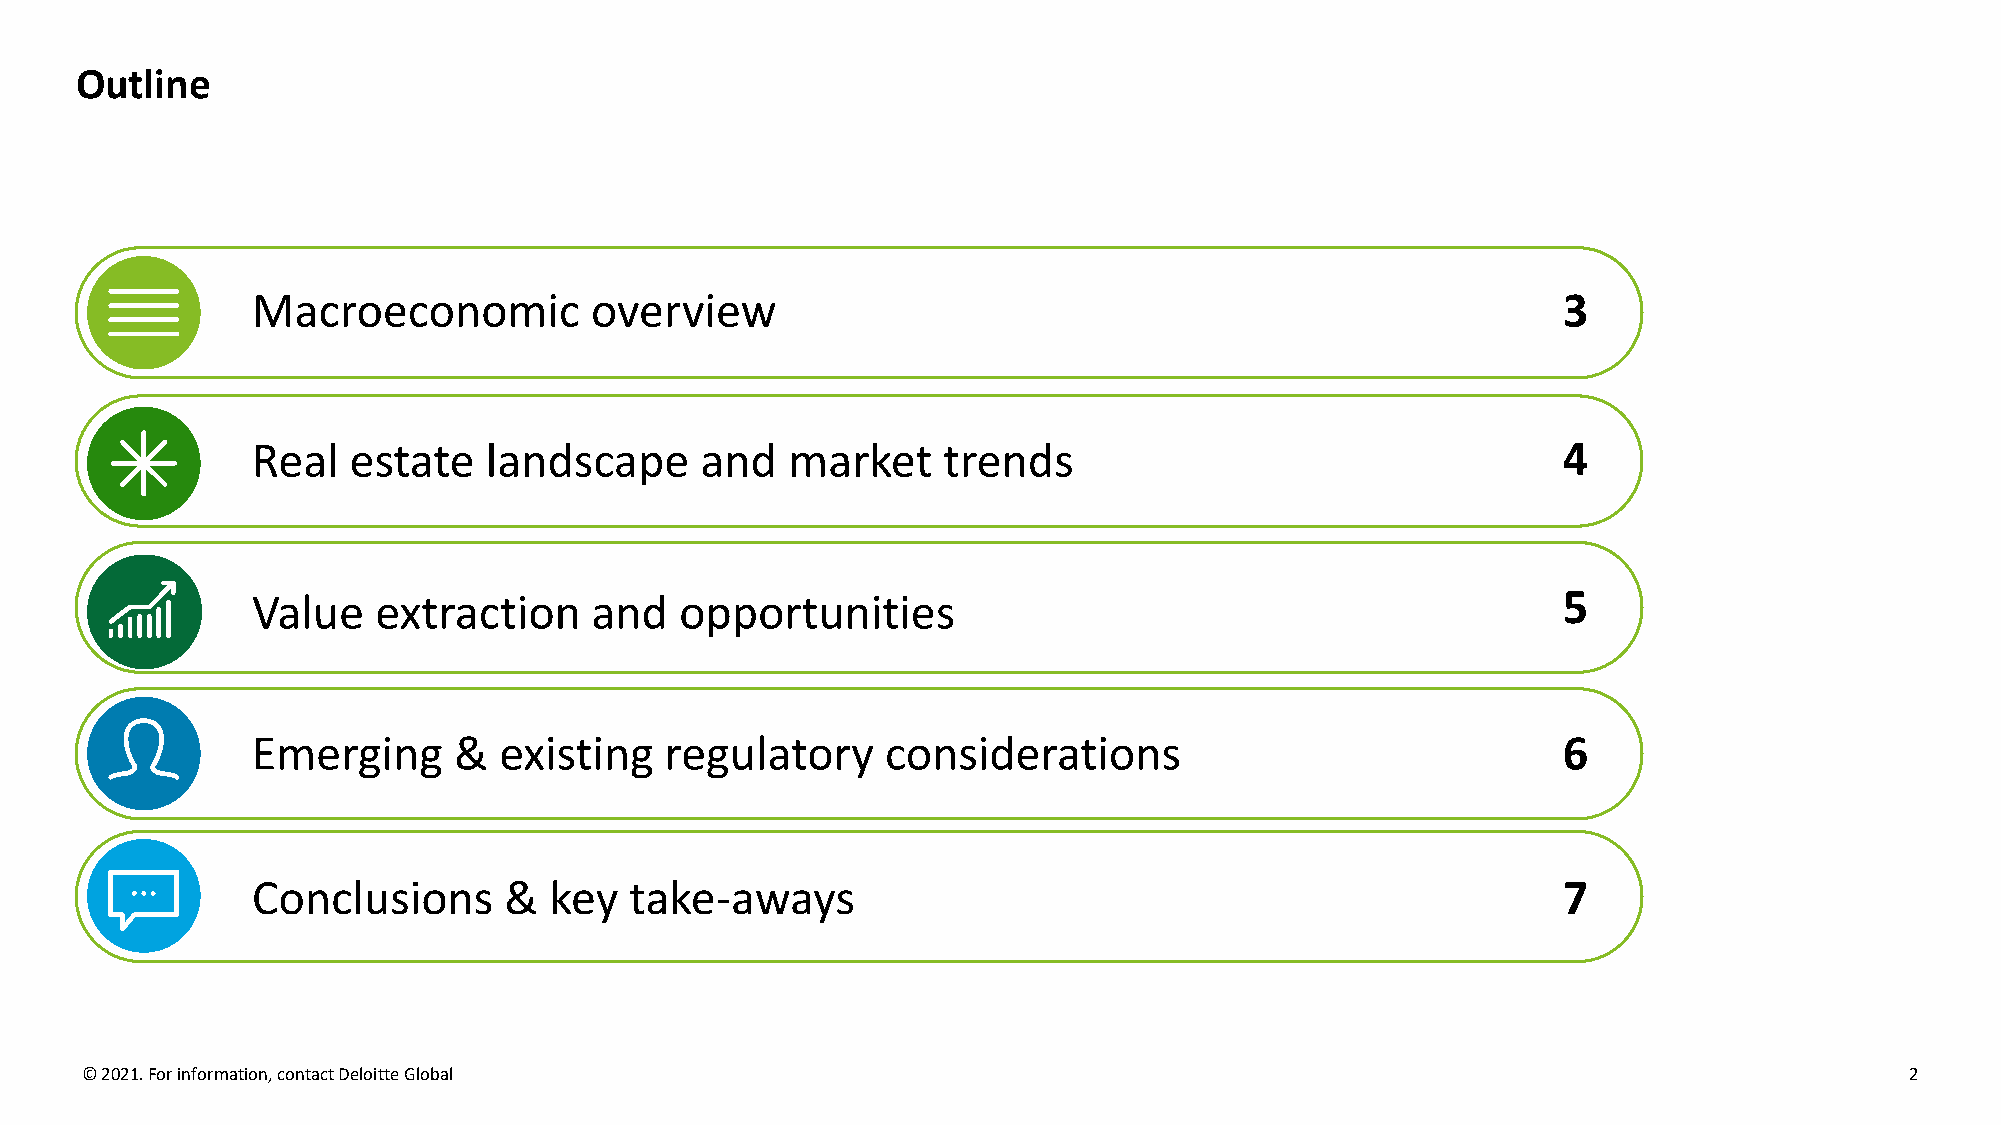
Outline
 Macroeconomic         overview                                                        3
 Real  estate   landscape     and   market    trends                                   4
 Value   extraction    and   opportunities                                             5
 Emerging     &  existing   regulatory     considerations                              6
 Conclusions     &  key   take-aways                                                   7
 © 2021. For information, contact Deloitte Global                                                  Growth, Quality and Talent Experience 2